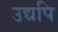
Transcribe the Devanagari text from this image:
उद्यपि